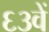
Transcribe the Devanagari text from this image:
६३वें